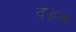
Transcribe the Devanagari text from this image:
दडक